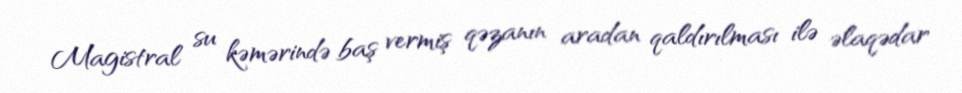
Magistral su kəmərində baş vermiş qəzanın aradan qaldırılması ilə əlaqədar